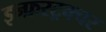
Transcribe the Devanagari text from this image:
इन्फ्रस्ट्रक्चर